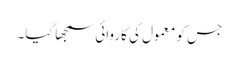
جس کو معمول کی کاروائی سمجھا گیا۔